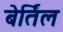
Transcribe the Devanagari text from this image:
बेर्तिल